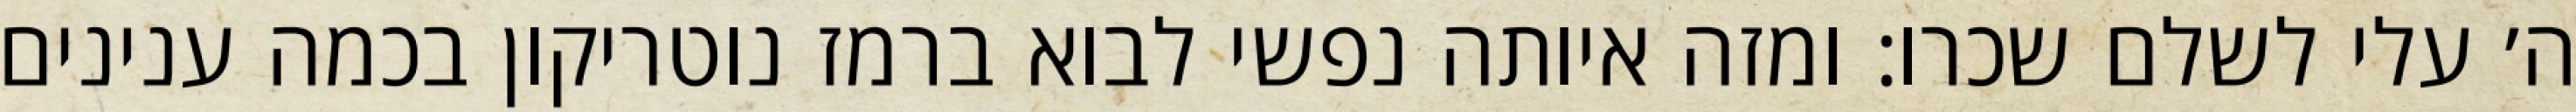
ה׳ עלי לשלם שכרו: ומזה איותה נפשי לבוא ברמז נוטריקון בכמה ענינים